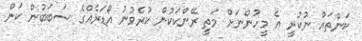
ކަންތައް ނުކުރީ އެ މީހުންނަށް މަތީ ރޭންކަކުން ކުރެވުނު އޯޑަރެއްގެ ސަބަބުން ކަން